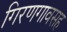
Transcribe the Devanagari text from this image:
गिरणगावसह